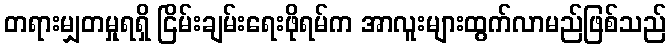
တရားမျှတမှုရရှိ ငြိမ်းချမ်းရေးဖိုရမ်က အာလူးများထွက်လာမည်ဖြစ်သည်